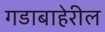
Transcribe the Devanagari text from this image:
गडाबाहेरील